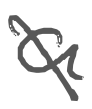
Text: a
Cross-out: diagonal
Writing tool: digital_gray